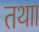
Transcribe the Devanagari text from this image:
तथाा